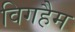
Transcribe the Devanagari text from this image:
विगहैम